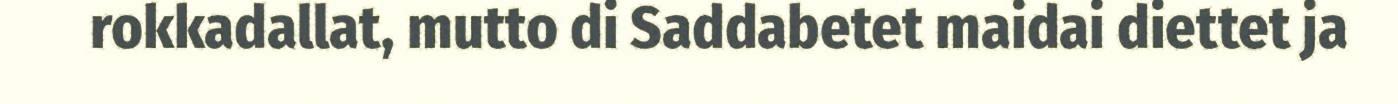
rokkadallat, mutto di Saddabetet maidai diettet ja